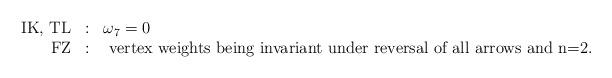
LaTeX: \begin{align*}\begin{array}{rll}\mbox{IK, TL}&:&\omega_{7}=0\\\mbox{ FZ}&:&\mbox{ vertex weights being invariant under reversal of all arrows and } $n=2$.\end{array}\end{align*}